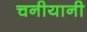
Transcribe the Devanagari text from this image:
चनीयानी